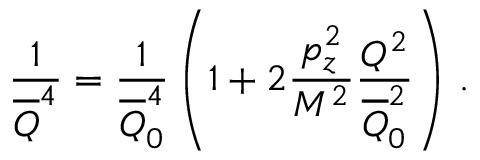
{ \frac { 1 } { \overline { { Q } } ^ { 4 } } } = { \frac { 1 } { \overline { { Q } } _ { 0 } ^ { 4 } } } \left( 1 + 2 { \frac { p _ { z } ^ { 2 } } { M ^ { 2 } } } { \frac { Q ^ { 2 } } { \overline { { Q } } _ { 0 } ^ { 2 } } } \right) \, .